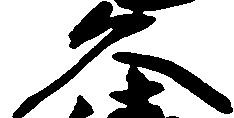
久